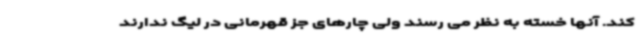
کند. آنها خسته به نظر می رسند ولی چارهای جز قهرمانی در لیگ ندارند